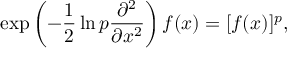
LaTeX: \exp \left( - \frac { 1 } { 2 } \ln p \frac { \partial ^ { 2 } } { \partial x ^ { 2 } } \right) f ( x ) = [ f ( x ) ] ^ { p } ,